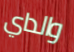
والداي